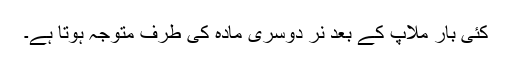
کئی بار ملاپ کے بعد نر دوسری مادہ کی طرف متوجہ ہوتا ہے۔